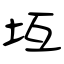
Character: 坘